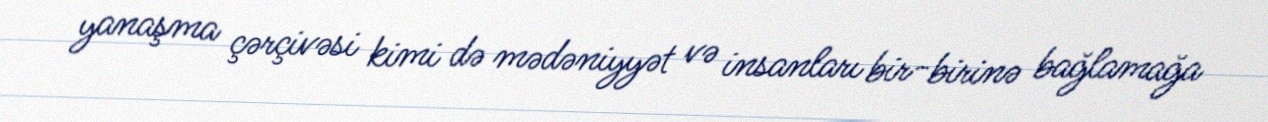
yanaşma çərçivəsi kimi də mədəniyyət və insanları bir-birinə bağlamağa